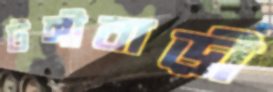
টঙ্গীবাড়ী